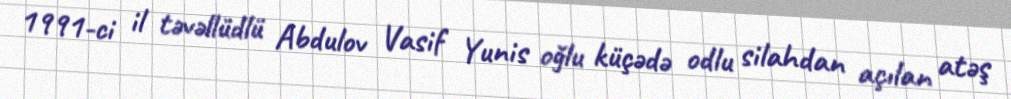
1991-ci il təvəllüdlü Abdulov Vasif Yunis oğlu küçədə odlu silahdan açılan atəş